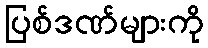
ပြစ်ဒဏ်များကို